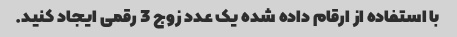
با استفاده از ارقام داده شده یک عدد زوج 3 رقمی ایجاد کنید.